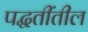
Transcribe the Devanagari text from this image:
पद्धतींतील